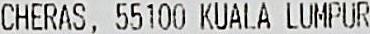
CHERAS, 55100 KUALA LUMPUR